Scottish Certificate of Education, 1963
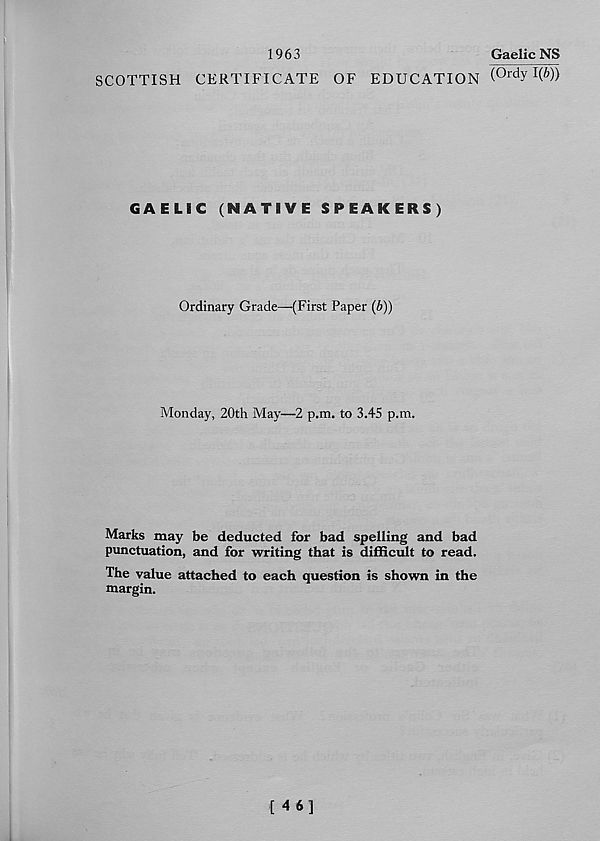
Gaelic NS
1963
SCOTTISH CERTIFICATE OF EDUCATION ( 0rd y l ( h ))
GAELIC (NATIVE SPEAKERS)
Ordinary Grade—(First Paper (b))
Monday, 20th May—2 p.m. to 3.45 p.m.
Marks may be deducted for bad spelling and bad
punctuation, and for writing that is difficult to read.
The value attached to each question is shown in the
margin.
[46]